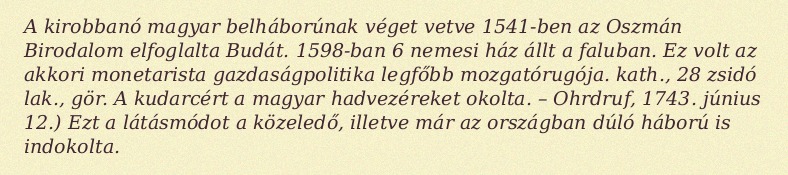
A kirobbanó magyar belháborúnak véget vetve 1541-ben az Oszmán Birodalom elfoglalta Budát. 1598-ban 6 nemesi ház állt a faluban. Ez volt az akkori monetarista gazdaságpolitika legfőbb mozgatórugója. kath., 28 zsidó lak., gör. A kudarcért a magyar hadvezéreket okolta. – Ohrdruf, 1743. június 12.) Ezt a látásmódot a közeledő, illetve már az országban dúló háború is indokolta.